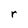
Character: r